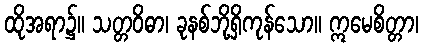
ထိုအရာ၌။ သတ္တဝိဓာ၊ ခုနစ်ဘို့ရှိကုန်သော။ ဣမေစိတ္တာ၊